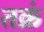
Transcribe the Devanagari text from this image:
तक्रं